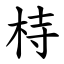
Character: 㭙